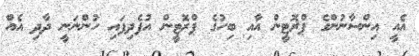
އެއީ އިންސާނުންގެ ޕްރޮޓީން އާއި ބިހުގެ ޕްރޮޓީން އުފެދިފައި ހުންނަނީ ދާދި އެއް